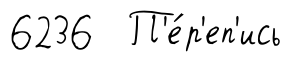
6236 П'е́р'еп'ись